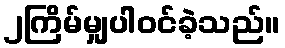
၂ကြိမ်မျှပါဝင်ခဲ့သည်။